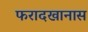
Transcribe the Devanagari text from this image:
फरादखानास